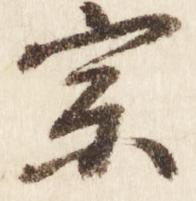
宗